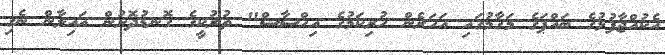
އެކުއްޖާފުޅުގެ ބައްޕަގެ މަގާމުގައި އަހަރެން ހުރިކަމުގެ އިހްސާސް" ތުރުކީގެ ގޮނޑުދޮށުން އައިލާން ނެގި